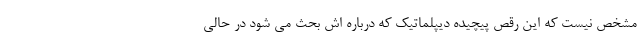
مشخص نیست که این رقص پیچیده دیپلماتیک که درباره اش بحث می شود در حالی